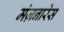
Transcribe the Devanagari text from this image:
मंज़नारेस